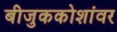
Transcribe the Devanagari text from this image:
बीजुककोशांवर